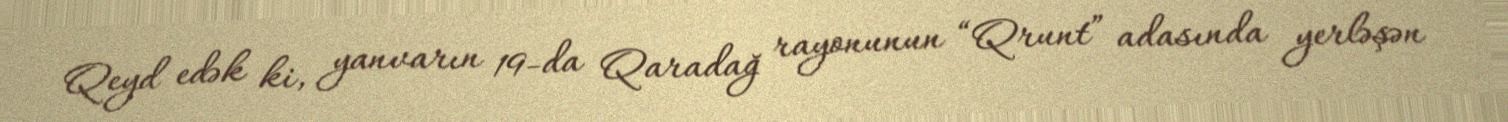
Qeyd edək ki, yanvarın 19-da Qaradağ rayonunun “Qrunt” adasında yerləşən